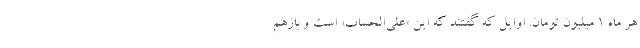
هر ماه ۱ میلیون تومان. اوایل که گفتند که این «علی‌الحساب» است و بازهم